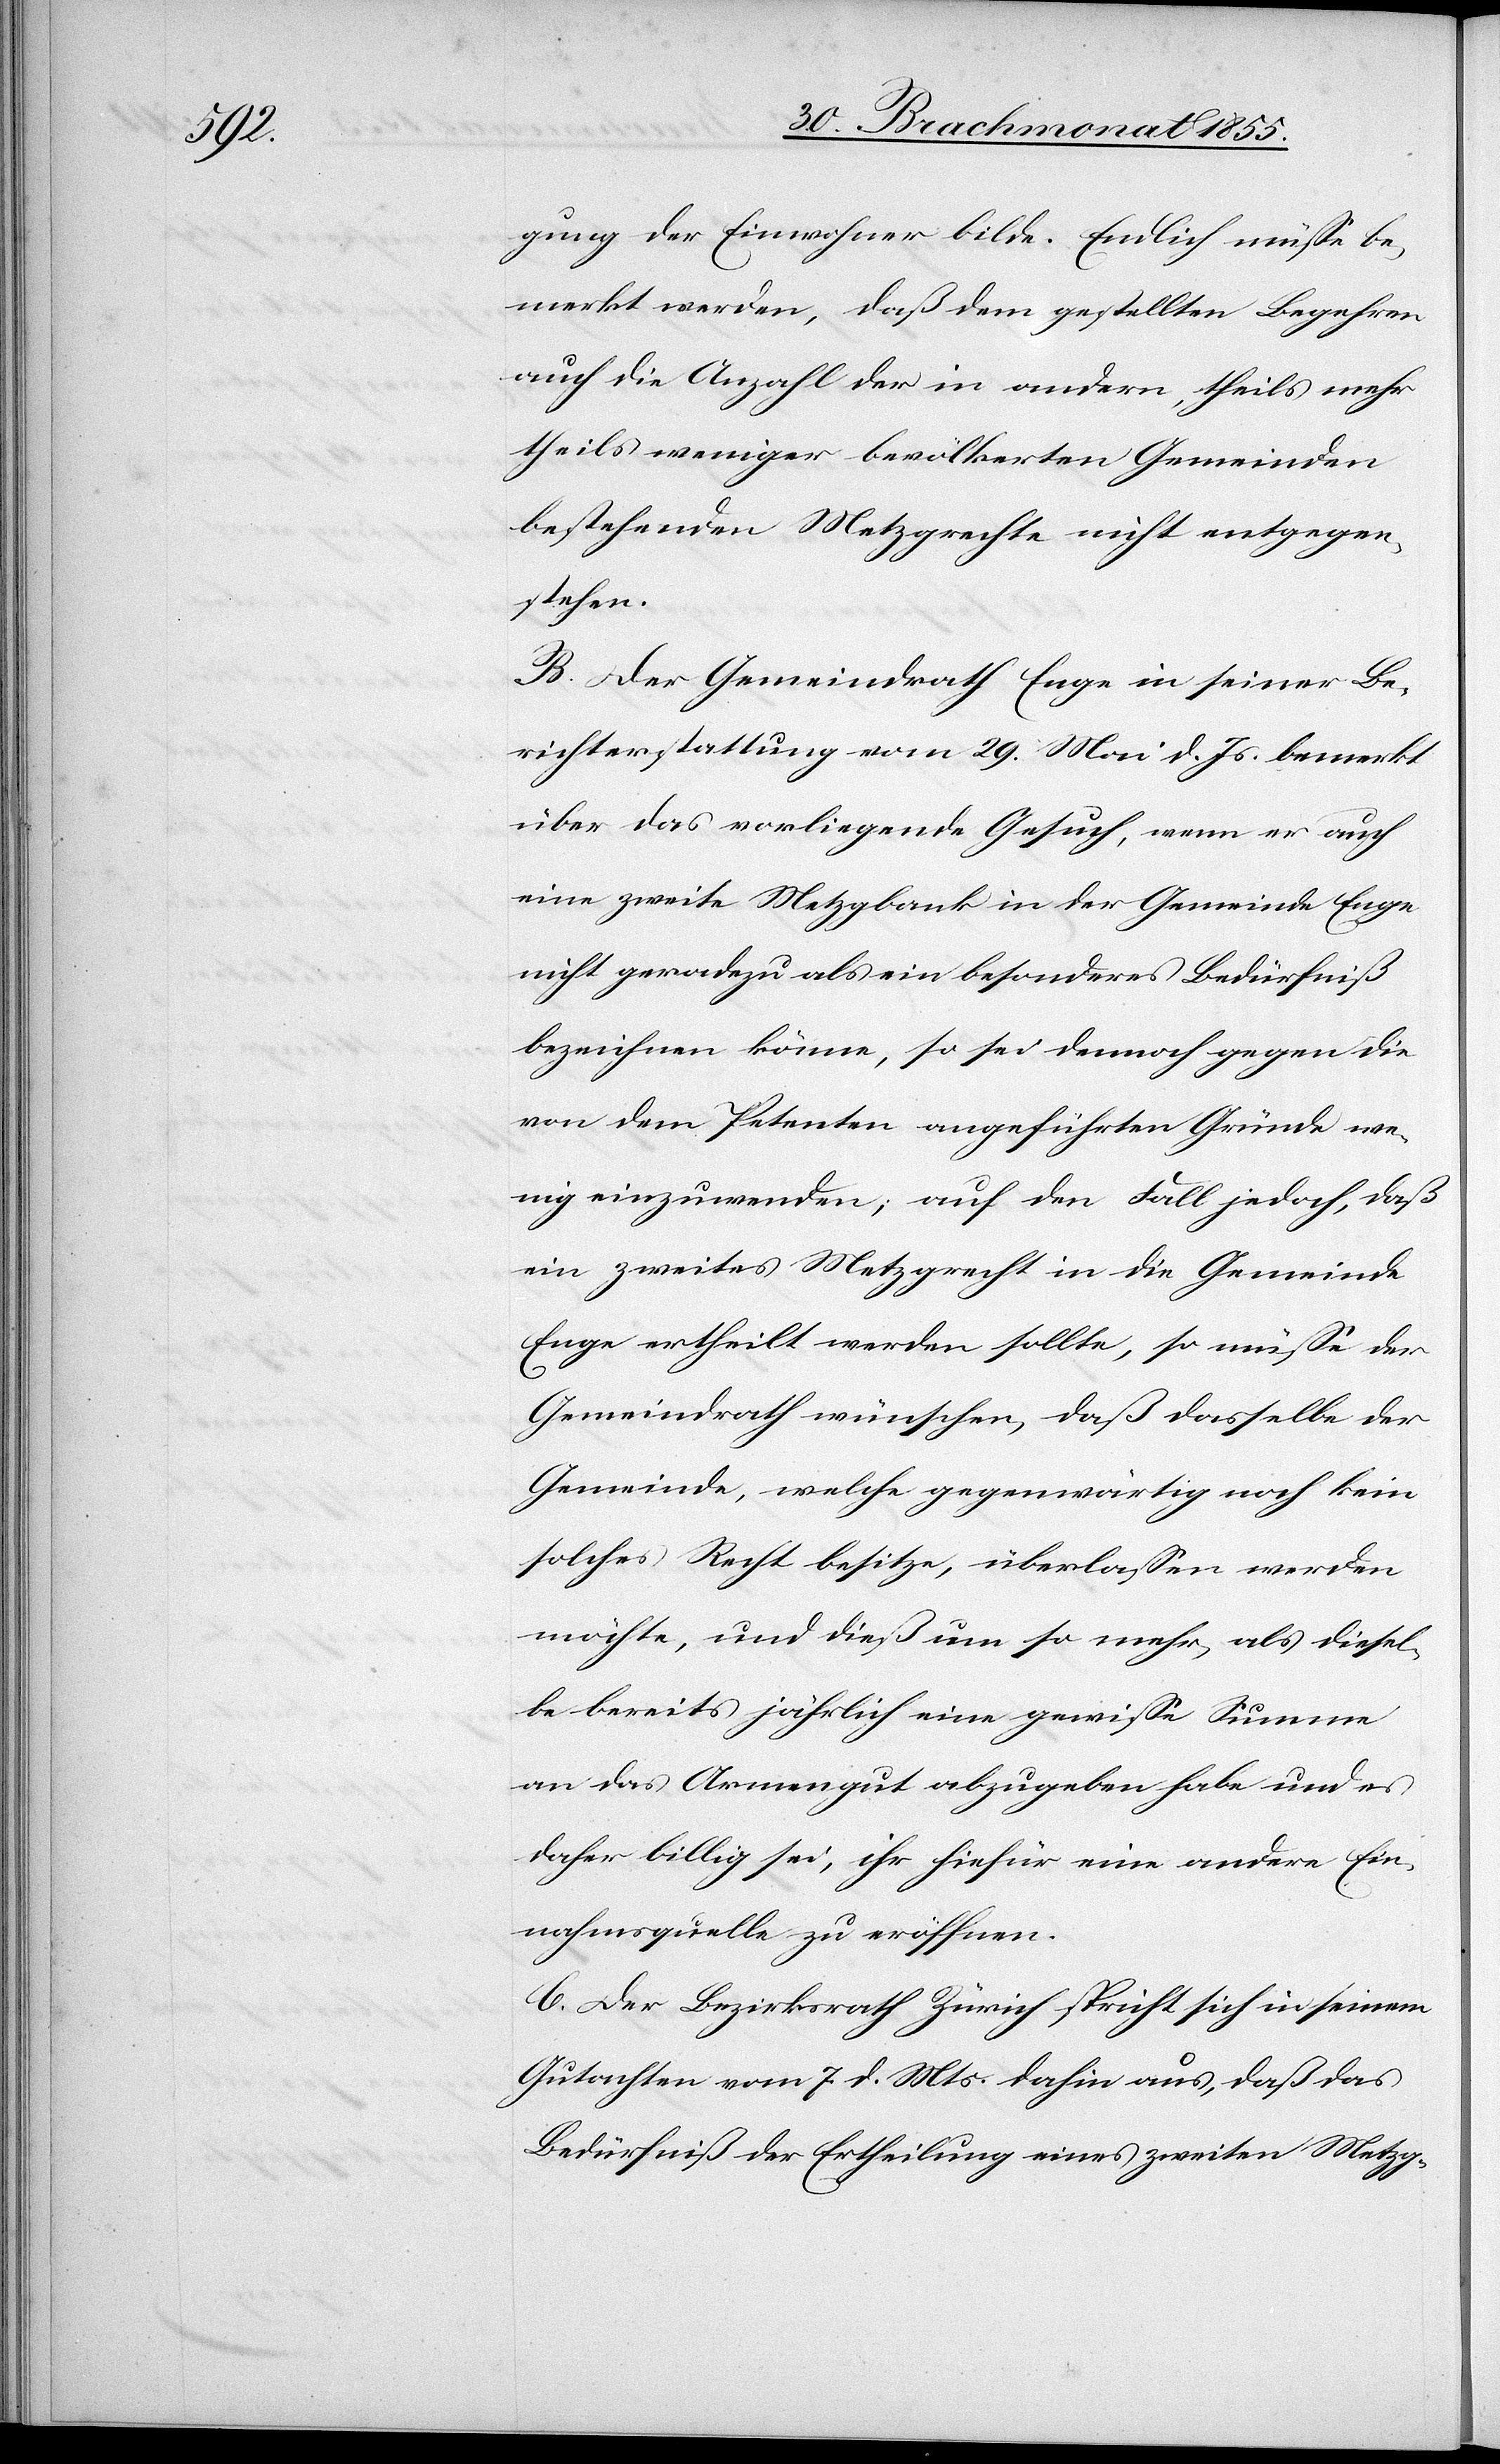
gung der Einwohner bilde. Endlich müsse be¬
merkt werden, daß dem gestellten Begehren
auch die Anzahl der in andern, theils mehr
theils weniger bevölkerten Gemeinden
bestehenden Metzgrechte nicht entgegen¬
stehen.
B. Der Gemeindrath Enge in seiner Be¬
richterstattung vom 29. Mai d. Js. bemerkt
über das vorliegende Gesuch, wenn er auch
eine zweite Metzgbank in der Gemeinde Enge
nicht geradezu als ein besonderes Bedürfniß
bezeichnen könne, so sei dennoch gegen die
von dem Petenten angeführten Gründe we¬
nig einzuwenden; auf den Fall jedoch, daß
ein zweites Metzgrecht in die Gemeinde
Enge ertheilt werden sollte, so müsse der
Gemeindrath wünschen, daß dasselbe der
Gemeinde, welche gegenwärtig noch kein
solches Recht besitze, überlassen werden
möchte, und dieß um so mehr, als diesel¬
be bereits jährlich eine gewisse Summe
an das Armengut abzugeben habe und es
daher billig sei, ihr hiefür eine andere Ein¬
nahmsquelle zu eröffnen.
C. Der Bezirksrath Zürich spricht sich in seinem
Gutachten vom 7. d. Mts. dahin aus, daß das
Bedürfniß der Ertheilung eines zweiten Metzg-